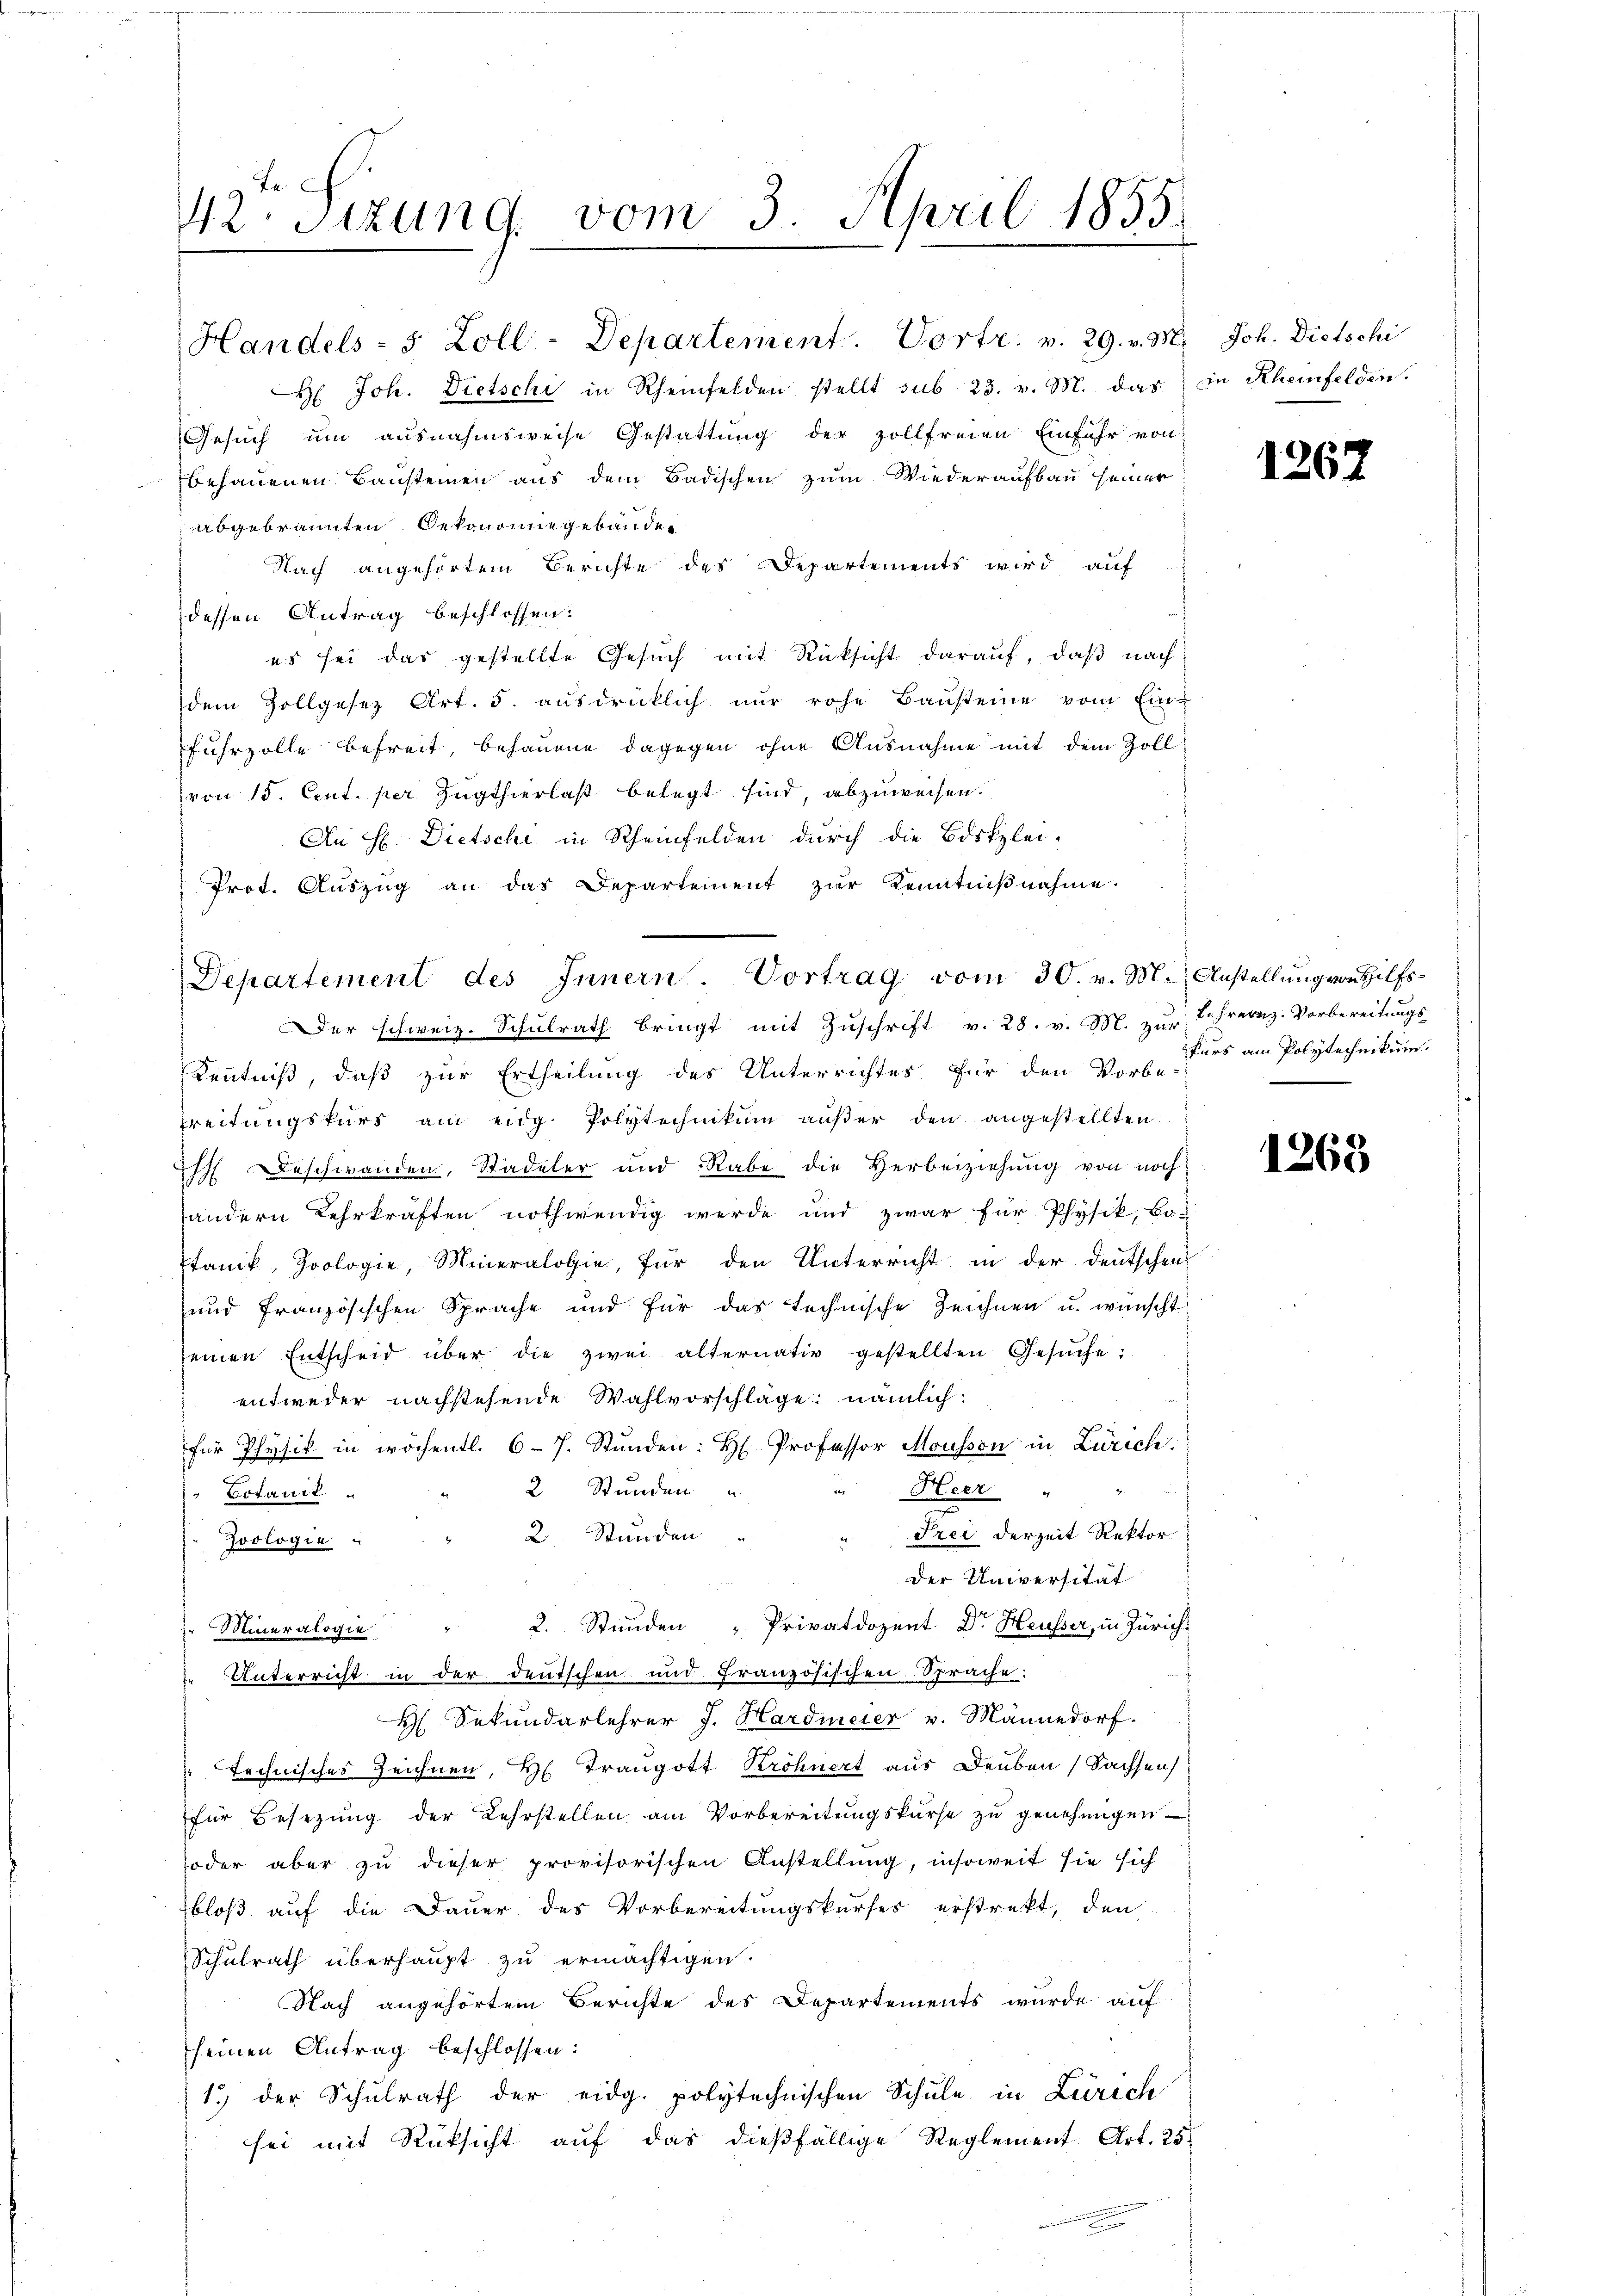
42. Sizung vom 3. April 1855
a

Handels- 5 Zoll-Departement. Vortr. v. 29. v. M. Joh. Dietschi
H. Joh. Dietschi in Rheinfelden stellt sub 23. v. M. das in Rheinfelden.
Gesuch um ausnahmsweise Gestattung der zollfreien Einfuhr von
behauenen Bausteinen aus dem Badischen zum Wiederaufbau seiner
abgebrannten Oekonomiegebäude
Nach angehörtem Berichte des Departements wird auf
dessen Antrag beschlossen:
es sei das gestellte Gesuch mit Rücksicht darauf, daß nach
dem Zollgesetz Art. 5. ausdrücklich nur rohe Bausteine vom Ein-
fuhrzolle befreit, behauene dagegen ohne Ausnahme mit dem Zoll
von 15. Cent. per Zugthierlast belegt sind, abzuweisen.
An H. Dietschi in Rheinfelden durch die Bistzlei-
Prot. Aŭszŭg an das Departement zŭr Kenntniβnahme.
Der schweiz. Schulrath bringt mit Zuschrift v. 28. v. Bl. zur
Kenntniß, daß zur Ertheilung des Unterrichtes für den vor dies am Polytechnikum.
Treitungskurs am eidg. Polytechnikum aŭβer den angestellten
Ih Beschwanden, Stadeler und Rabe die Herbeiziehung von noch
handern Lehrkräften nothwendig werde und zwar für Physik, be-
Ptanik, Zoologie, Mineralogie, für den Unterricht in der Deutschen
und französischen Sprache und für das technische Zeichnen u. wünscht
seinen Entscheid über die zwei alternativ gestellten Gesŭche:
entweder nachstehende Wahlvorschläge; nämlich
für Physik in wöchentl. 67. Stunden: H. Professor Mousson in Zürich.
2 Stunden u
Heer "
Botanil
" Frei derzeit Rektor
2. Stunden
Zoologie
Der Universität
Mineralogie " 2. Stunden "Privatdozent Dr. Heusser, in Zürich:
Unterricht in der deutschen und Französischen Sprache:
H Sekundarlehrer J. Hardmeier v. Männedorf.
s
 technisches Zeichnen, H. Traugott Kröhnert aus Deuben Sachsens
für Besetzŭng der Lehrstellen am Vorbereitŭngskurse zŭ genehmigen
oder aber zu dieser provisorischen Anstellung, insoweit sie sich
bloß auf die Dauer des Vorbereitungskurses erstrekt, den
Schulrath überhaupt zu ermächtigen.
Nach angehörtem Berichte des Departements wurde auf
seinen Antrag beschlossen:
1.) der Schulrath der eidg. polytechnischen Schule in Zürich
sei mit Rüksicht auf das dießfällige Reglement Art. 25.
.

Departement des Innern. Vortrag vom 30. v. M. Anstellung von Hilfs¬

1262

Lehrernz. Vorbereitungs

1263